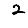
Digit: 2